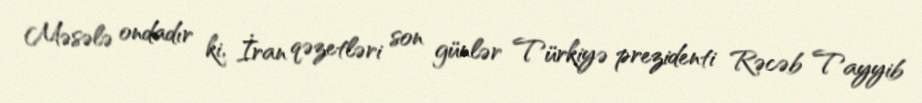
Məsələ ondadır ki, İran qəzetləri son günlər Türkiyə prezidenti Rəcəb Tayyib